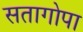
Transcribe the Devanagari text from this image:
सतागोपा